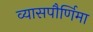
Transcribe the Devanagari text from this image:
व्यासपौर्णिमा